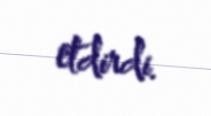
etdirdi.